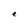
Character: e